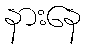
နားနေ